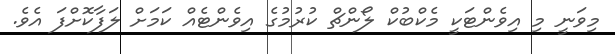
މިވަނީ މި އިވެންޓަކީ މެކްބުކް ލޯންޗް ކުރުމުގެ އިވެންޓެއް ކަމަށް ލަފާކޮށްފަ އެވެ.